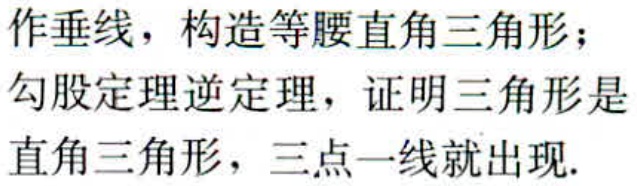
作垂线，构造等腰直角三角形；
勾股定理逆定理，证明三角形是
直角三角形，三点一线就出现.